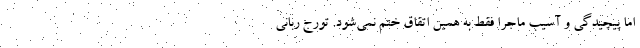
اما پیچیدگی و آسیب ماجرا فقط به همین اتقاق ختم نمی‌شود. تورج ربانی